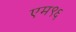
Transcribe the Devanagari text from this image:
एम९६